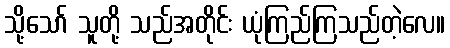
သို့သော် သူတို့ သည်အတိုင်း ယုံကြည်ကြသည်တဲ့လေ။